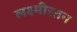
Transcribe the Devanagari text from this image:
लक्ष्मीरतन